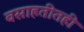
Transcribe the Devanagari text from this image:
वसाहतीतही